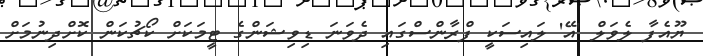
ޔޫއެފާ ލެވަލް 'އޭ' ލައިސަކީ ފްރާންސްގައި ދެވަނަ ޑިވިޝަންގެ ޓީމަކަށް ކޯޗުކަން ކޮށްދިނުމަށް